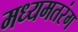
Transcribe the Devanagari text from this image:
मध्यमतरंग